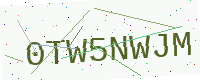
Text: 0TW5NWJM